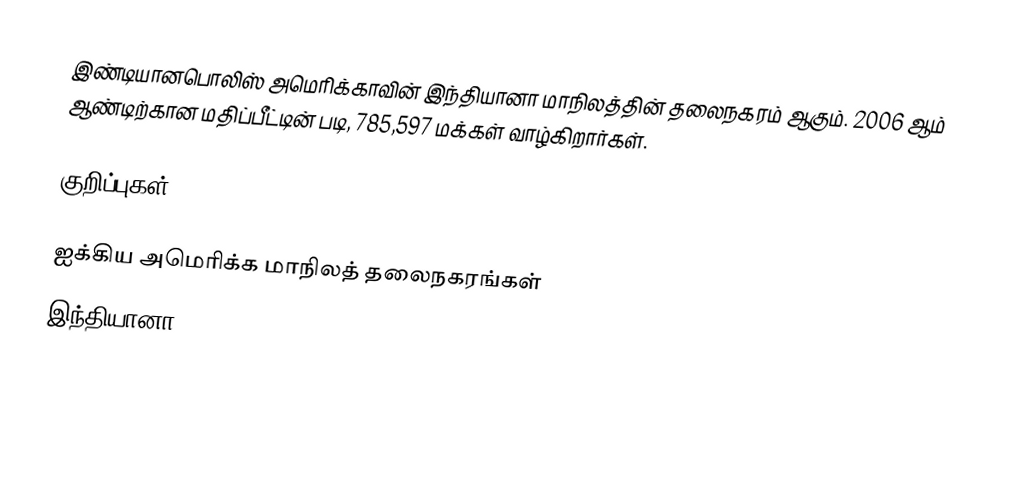
இண்டியானபொலிஸ் அமெரிக்காவின் இந்தியானா மாநிலத்தின் தலைநகரம் ஆகும். 2006 ஆம் ஆண்டிற்கான மதிப்பீட்டின் படி, 785,597 மக்கள் வாழ்கிறார்கள்.

குறிப்புகள்

ஐக்கிய அமெரிக்க மாநிலத் தலைநகரங்கள்
இந்தியானா